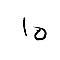
10